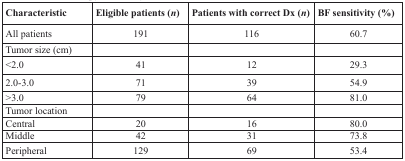
| Characteristic | Eligible patients (n) | Patients with correct Dx (n) | BF sensitivity (%) |
 | --- | --- | --- | --- |
 | All patients | 191 | 116 | 60.7 |
 | Tumor size (cm) |  |  |  |
 | <2.0 | 41 | 12 | 29.3 |
 | 2.0-3.0 | 71 | 39 | 54.9 |
 | >3.0 | 79 | 64 | 81.0 |
 | Tumor location |  |  |  |
 | Central | 20 | 16 | 80.0 |
 | Middle | 42 | 31 | 73.8 |
 | Peripheral | 129 | 69 | 53.4 |